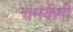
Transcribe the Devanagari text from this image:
चमकेंगी